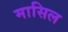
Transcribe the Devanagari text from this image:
मासिल